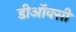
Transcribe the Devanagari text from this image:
डीऑक्सी